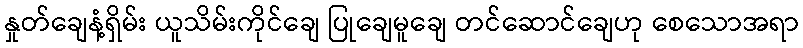
နှုတ်ချေနံ့ရှိမ်း ယူသိမ်းကိုင်ချေ ပြုချေမူချေ တင်ဆောင်ချေဟု စေသောအရာ